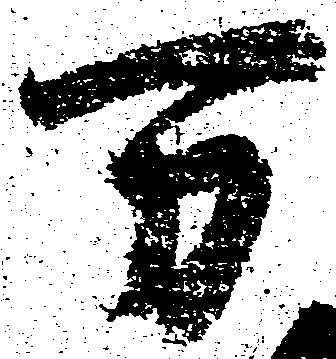
万